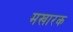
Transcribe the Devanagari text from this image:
मखारक